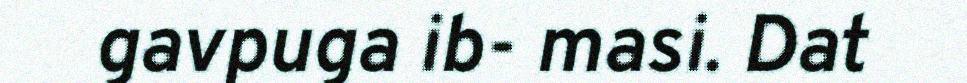
gavpuga ib- masi. Dat